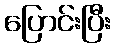
ပြောင်းပြီး